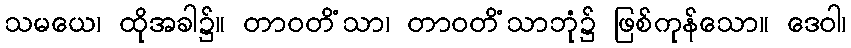
သမယေ၊ ထိုအခါ၌။ တာဝတိံသာ၊ တာဝတိံသာဘုံ၌ ဖြစ်ကုန်သော။ ဒေဝါ၊